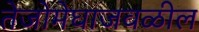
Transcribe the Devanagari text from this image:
तेजोमेघाजवळील